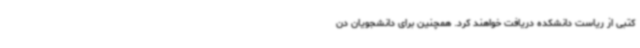
کتبی از ریاست دانشکده دریافت خواهند کرد. همچنین برای دانشجویان دن